Vaccination in Bombay 1889-1901 - 1889-1901
Year: 1889
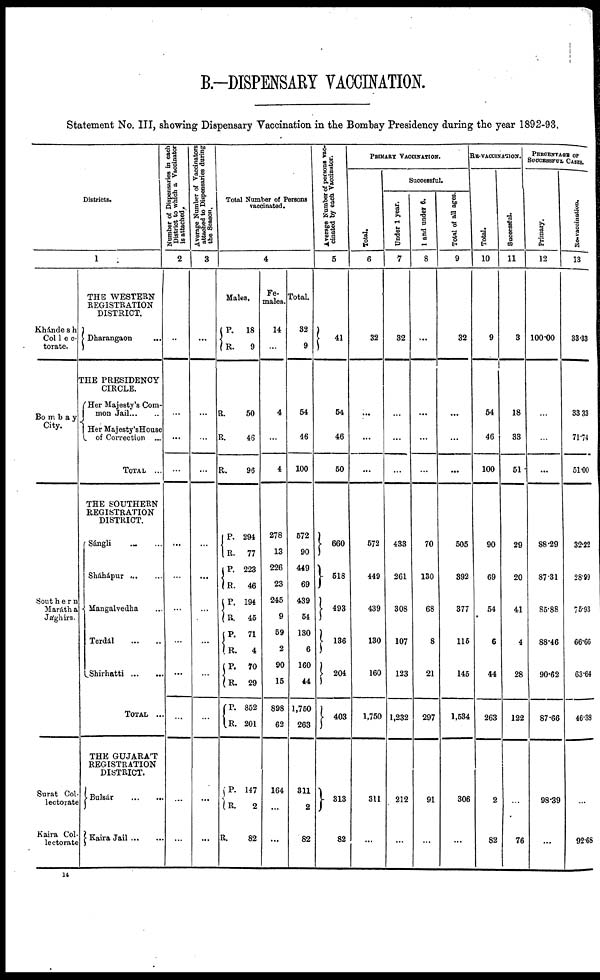
B.—DISPENSARY VACCINATION.
Statement No. III, showing Dispensary Vaccination in the Bombay Presidency during the year 1892-93.
Districts.
1
Khandesh
Col1eo¬
torate.
Bombay
City.
Southern
Marátha
Jághirs.
Surat Col¬
lectorate
Kaira Col-
lectorate
THE WESTERN
REGISTRATION
DISTRICT.
Dharangaon ...
THE PRESIDENCY
CIRCLE.
Her Majesty‘s Com¬
mon Jail... ..
Her Majesty‘sHouse
of Correction ...
TOTAL ...
THE SOUTHERN
REGISTRATION
DISTRICT.
Sángli ... ...
Sháhápur
...
...
Mangalvedha ...
Terdál
...
...
Shirhatti
...
...
TOTAL ...
THE GUJARAT
REGISTRATION
DISTRICT.
Bulsár
...
...
Kaira Jail ... ...
Number of Dispensaries in each
District to which a Vaccinator
is attached.
2
...
...
...
...
...
...
...
...
...
...
...
...
Average Number of Vaccinators
attached to Dispensaries during
the Season.
3
...
...
...
...
...
...
...
...
...
...
...
...
Total Number of Persons
vaccinated.
4
Males.
P.
R.
R.
R.
R.
..
R.
P. R.
P.
R.
P. R.
P.
R.
P.
R.
P.
R.
R.
18
9
50
46
96
294
77
223
46
194
45
71
4
70
29
852
201
147
2
82
Fe-
males.
14
...
4
...
4
278
13
226
23
245
9
59
2
90
15
898
62
164
...
...
Total
32
9
54
46
100
572
90
449
69
439
54
130
6
160
44
1,750
263
311
2
82
Average Number of persons vac-
cinated by each Vaccinator.
5
41
54
46
50
660
518
493
136
204
403
313
82
PRIMARY VACCINATION.
Total.
6
32
...
...
...
572
449
439
130
160
1,750
311
...
Successful.
Under 1 year.
7
32
...
...
...
433
261
308
107
123
1,232
212
...
1 and under 6.
8
...
...
...
...
70
130
68
8
21
297
91
...
Total of all ages.
9
32
...
...
...
505
392
377
115
145
1,534
306
...
RE-VACCINATION.
Total.
10
9
54
46
100
90
69
54
6
44
263
2
82
Successful.
11
3
18
33
51
29
20
41
4
28
122
...
76
PERCENTAGE OF
SUCCESSFUL CASES.
Primary.
12
100.00
...
...
...
88.29
87.31
85.88
88.46
90.62
87.66
98.39
...
Re-vaccination.
13
33.33
33.33
71.74
51.00
32.22
28.99
75.93
66.66
63.64
46.38
...
92.68
14